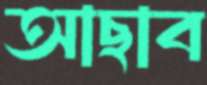
আছাব